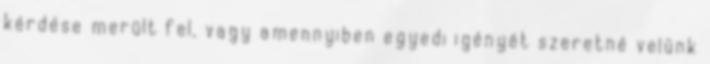
kérdése merült fel, vagy amennyiben egyedi igényét szeretné velünk